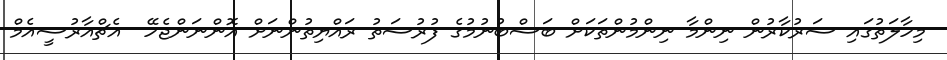
މިހާލަތުގައި ސަރުކާރުން ނިންމާ ނިންމުންތަކަށް ބަސްބުނުމުގެ ފުރުސަތު ރައްޔިތުންނަށް އޮންނަންޖެހޭ  އެޗްއާރުސީއެމް